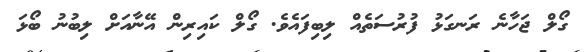
ގޯލް ޖަހާނެ ރަނގަޅު ފުރުސަތެއް ލިބިފައެވެ. ގޯލް ކައިރިން އޭނާއަށް ލިބުނު ބޯޅަ